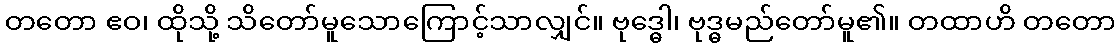
တတော ဧဝ၊ ထိုသို့ သိတော်မူသောကြောင့်သာလျှင်။ ဗုဒ္ဓေါ၊ ဗုဒ္ဓမည်တော်မူ၏။ တထာဟိ တတော